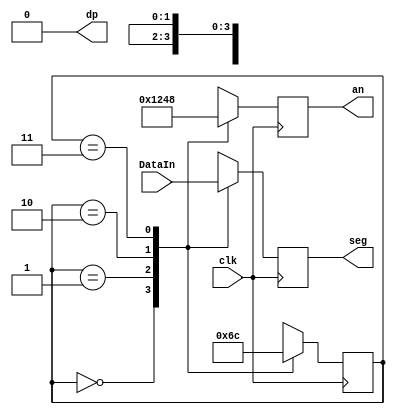
`timescale 1ns / 1ps
//////////////////////////////////////////////////////////////////////////////////
// Company: 
// Engineer: 
// 
// Design Name: 
// Module Name:    DisplayUpdater 
// Project Name: 
// Target Devices: 
// Tool versions: 
// Description: 
//
// Dependencies: 
//
// Revision: 
// Revision 0.01 - File Created
// Additional Comments: 
//
//////////////////////////////////////////////////////////////////////////////////
module DisplayUpdater(
    input [27:0] DataIn,
	 input clk,
    output reg [3:0] an,
    output reg [6:0] seg,
    output dp
    );
	 
	 assign dp = 1'b0;
	 
	 reg [1:0] st;
	 always@(posedge clk)
	 begin
		case(st)
			2'b00:
			begin
				st <= 2'b01;
				an <= 4'b0001;
				seg <= DataIn[27:21];
			end
			2'b01:
			begin
				st <= 2'b10;
				an <= 4'b0010;
				seg <= DataIn[20:14];
			end
			2'b10:
			begin
				st <= 2'b11;
				an <= 4'b0100;
				seg <= DataIn[13:7];
			end
			2'b11:
			begin
				st <= 2'b00;
				an <= 4'b1000;
				seg <= DataIn[6:0];
			end
			default:
				st <= 2'b00;
		endcase
	 end
	 


endmodule